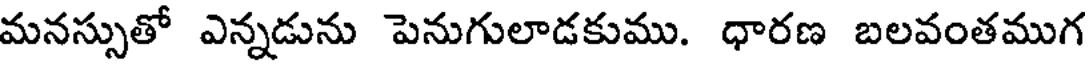
మనస్సుతో ఎన్నడును పెనుగులాడకుము. ధారణ బలవంతముగ